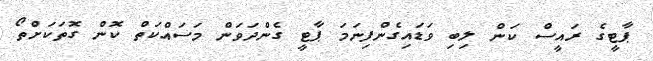
ޕާޓީގެ ރައީސް ކަން ލިބި ވަޑައިގެންފިނަމަ ޕާޓީ ގެންދަވަން މަސައްކަތް ކޮން ގޮތަކަށްތޯ